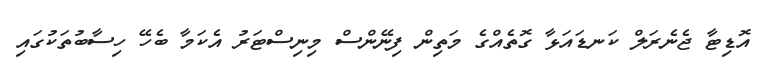
އޮޑިޓާ ޖެނެރަލް ކަނޑައަޅާ ގޮތެއްގެ މަތިން ފިނޭންސް މިނިސްޓަރު އެކަމާ ބެހޭ ހިސާބުތަކުގައި